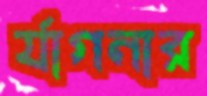
র‍্যাগনার